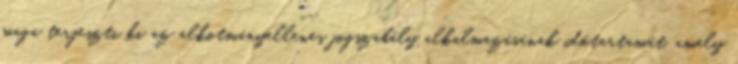
maga terjeszti ki az alkotmányellenes jogszabály alkalmazásának időtartamát, amely